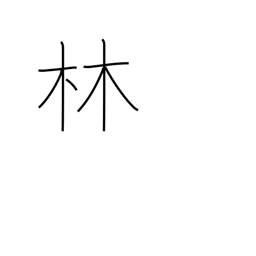
Meaning: forest